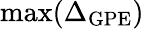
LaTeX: \operatorname*{max}(\Delta_{\mathrm{GPE}})